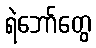
ရဲဘော်တွေ